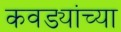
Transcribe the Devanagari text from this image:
कवड्यांच्‍या